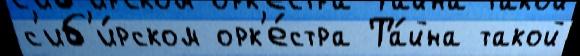
с'иб'и́рском орк'е́стра Та́йна такой